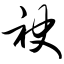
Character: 袂